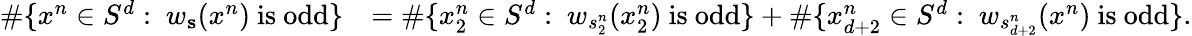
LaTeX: \begin{array}{rl}{\# \{ x^{n}\in S^{d}:\ w_{\mathbf{s}}(x^{n})\mathrm{~is~odd}\} }&{=\# \{ x_{2}^{n}\in S^{d}:\ w_{s_{2}^{n}}(x_{2}^{n})\mathrm{~is~odd}\} +\# \{ x_{d+2}^{n}\in S^{d}:\ w_{s_{d+2}^{n}}(x^{n})\mathrm{~is~odd}\} .}\end{array}